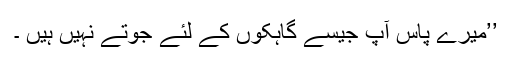
’’میرے پاس آپ جیسے گاہکوں کے لئے جوتے نہیں ہیں ۔